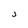
Character: j